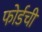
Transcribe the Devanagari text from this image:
फोर्डची